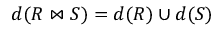
d ( R \bowtie S ) = d ( R ) \cup d ( S )